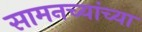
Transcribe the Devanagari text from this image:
सामनच्यांच्या